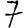
Digit: 7